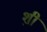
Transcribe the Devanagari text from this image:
श़ी